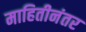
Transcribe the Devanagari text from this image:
माहितीनंतर